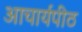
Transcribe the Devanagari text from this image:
अाचार्यपीठ